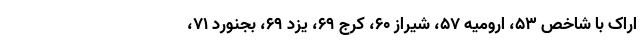
اراک با شاخص ۵۳، ارومیه ۵۷، شیراز ۶۰، کرج ۶۹، یزد ۶۹، بجنورد ۷۱،